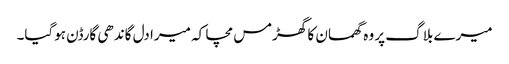
میرے بلاگ پر وہ گھمسان کا گھڑمس مچا کہ میرا دل گاندھی گارڈن ہوگیا۔